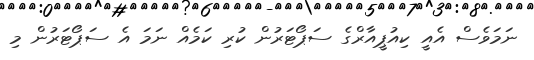
ނަމަވެސް އެއީ ކިއުޕީއާރްގެ ސަޕޯޓަރުން ކުރި ކަމެއް ނަމަ އެ ސަޕޯޓަރުން މި